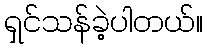
ရှင်သန်ခဲ့ပါတယ်။